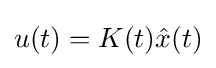
u(t)=K(t){\hat {x}}(t)